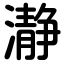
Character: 瀞